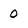
Character: 0